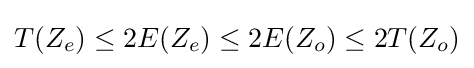
T(Z_{e})\leq 2E(Z_{e})\leq 2E(Z_{o})\leq 2T(Z_{o})